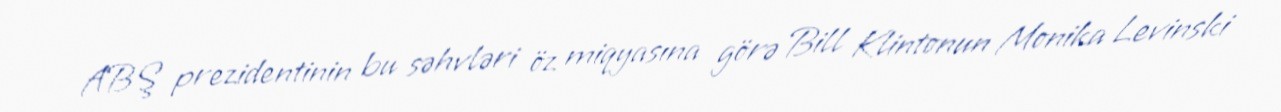
ABŞ prezidentinin bu səhvləri öz miqyasına görə Bill Klintonun Monika Levinski